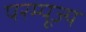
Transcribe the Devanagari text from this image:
परम्पूज्य